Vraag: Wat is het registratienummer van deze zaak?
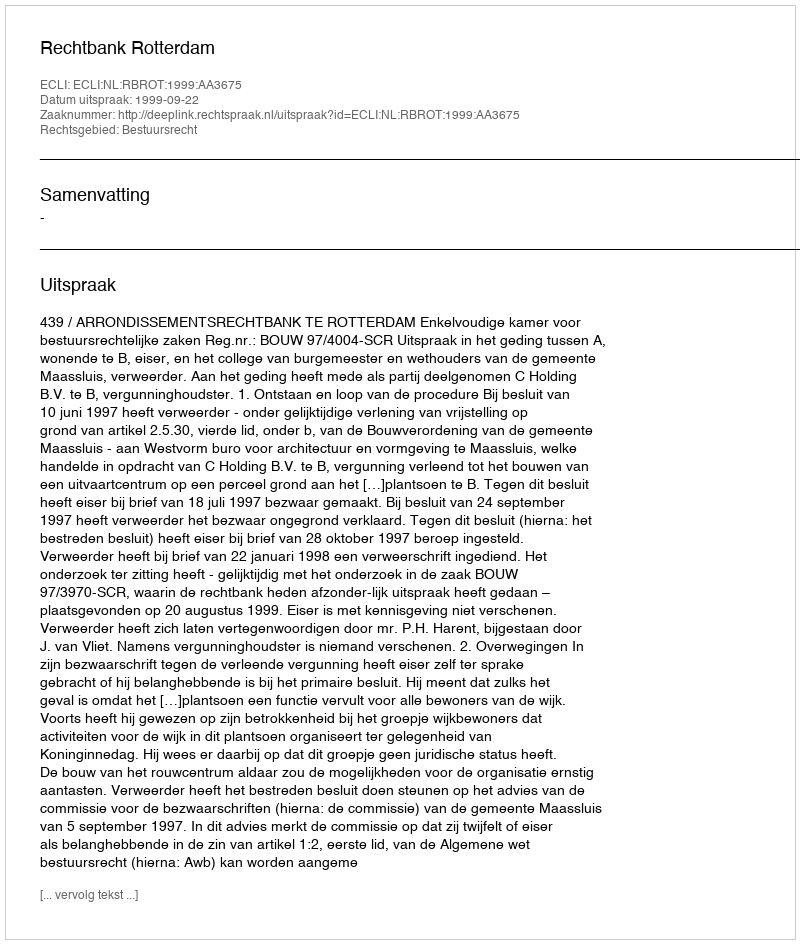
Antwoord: http://deeplink.rechtspraak.nl/uitspraak?id=ECLI:NL:RBROT:1999:AA3675